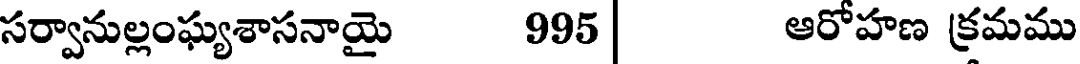
సర్వానుల్లంఘ్యశాసనాయై 995 | ఆరోహణ క్రమము